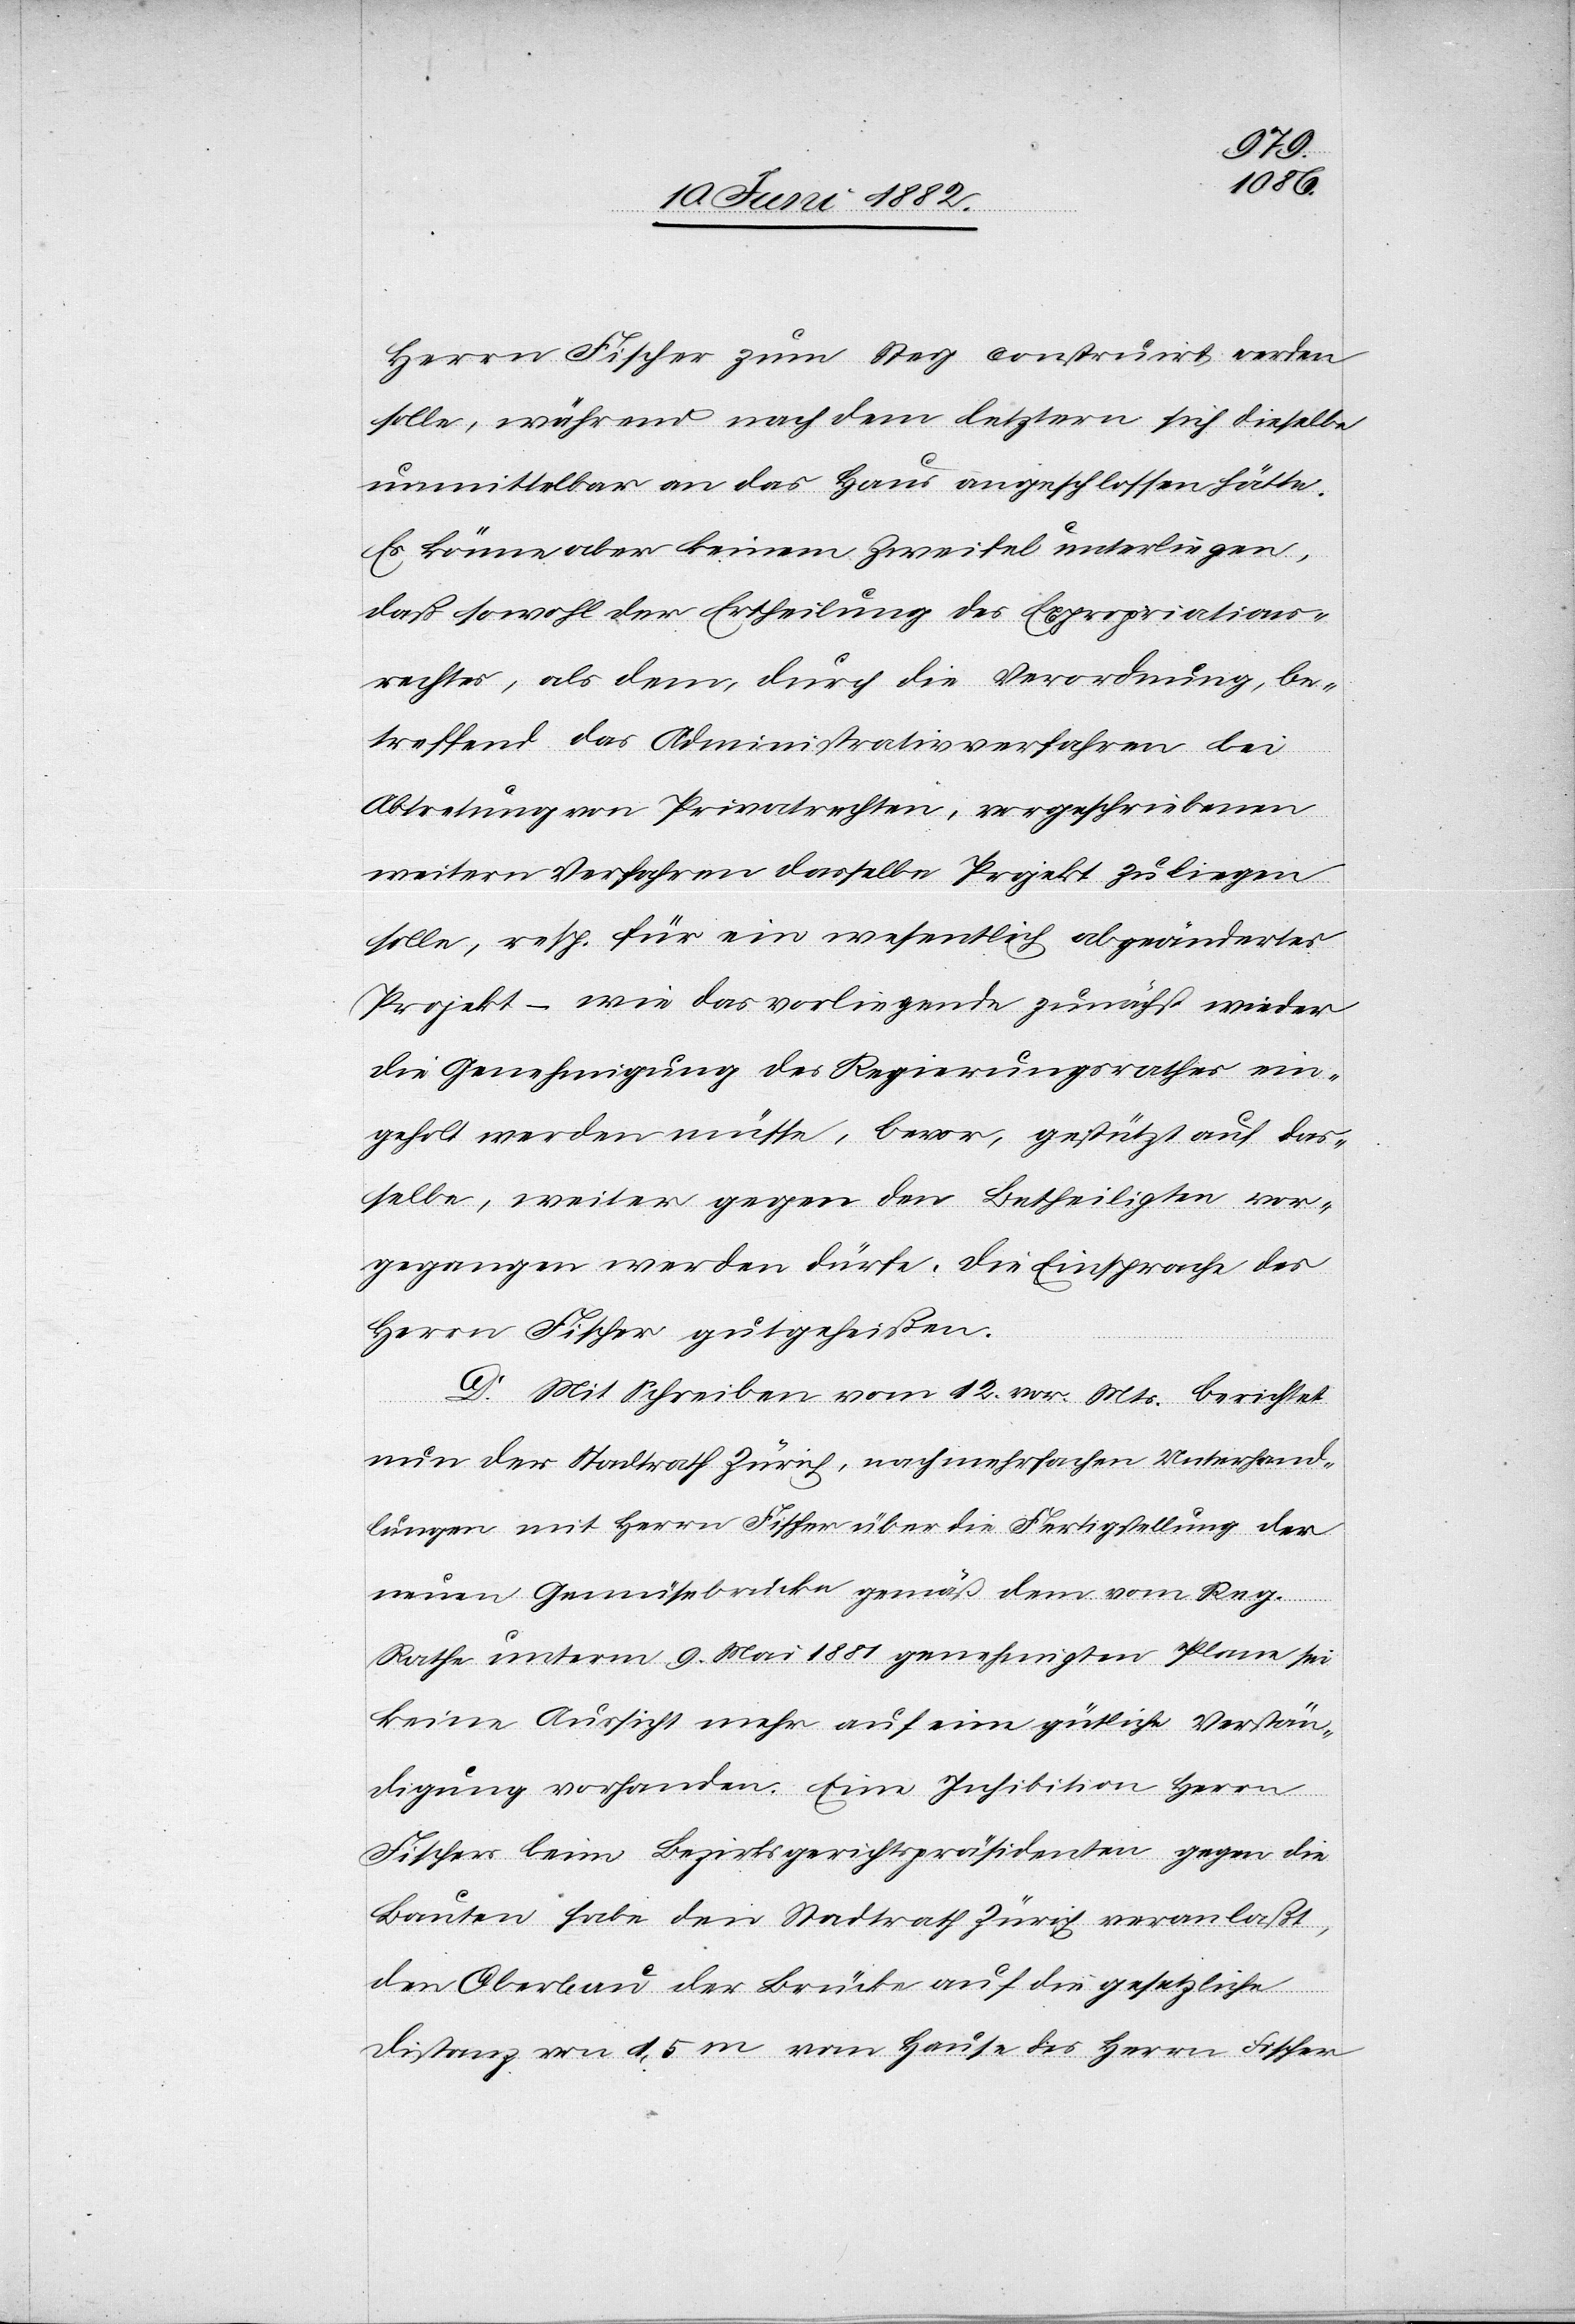
Herrn Fischer zum Steg construirt werden
solle, während nach dem letztern sich dieselbe
unmittelbar an das Haus angeschlossen hätte.
Es könne aber keinem Zweifel unterliegen,
daß sowohl der Ertheilung des Expropriations¬
rechtes, als dem, durch die Verordnung, be¬
treffend das Administrativverfahren bei
Abtretung von Privatrechten, vorgeschriebenen
weitern Verfahren dasselbe Projekt zu [Grunde] liegen
solle, resp. für ein wesentlich abgeändertes
Projekt – wie das vorliegende zunächst wieder
die Genehmigung des Regierungsrathes ein¬
geholt werden müsse, bevor, gestützt auf das¬
selbe, weiter gegen den Betheiligten vor¬
gegangen werden dürfe, die Einsprache des
Herrn Fischer gutgeheißen.
D. Mit Schreiben vom 12. vor. Mts. berichtet
nun der Stadtrath Zürich, nach mehrfachen Unterhand¬
lungen mit Herrn Fischer über die Fertigstellung der
neuen Gemüsebrücke gemäß dem vom Reg.
Rathe unterm 9. Mai 1881 genehmigten Plane sei
keine Aussicht mehr auf eine gütliche Verstän¬
digung vorhanden. Eine Inhibition [des] Herrn
Fischer beim Bezirksgerichtspräsidenten gegen die
Bauten habe den Stadtrath Zürich veranlaßt,
den Oberbau der Brücke auf die gesetzliche
Distanz von 1,5 m vom Hause des Herrn Fischer